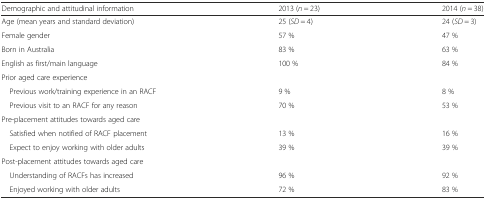
<table><thead><tr><td><b>Demographic and attitudinal information</b></td><td><b>2013 (<i>n</i> = 23)</b></td><td><b>2014 (<i>n</i> = 38)</b></td></tr></thead><tbody><tr><td>Age (mean years and standard deviation)</td><td>25 (<i>SD</i> = 4)</td><td>24 (<i>SD</i> = 3)</td></tr><tr><td>Female gender</td><td>57 %</td><td>47 %</td></tr><tr><td>Born in Australia</td><td>83 %</td><td>63 %</td></tr><tr><td>English as first/main language</td><td>100 %</td><td>84 %</td></tr><tr><td colspan="3">Prior aged care experience</td></tr><tr><td> Previous work/training experience in an RACF</td><td>9 %</td><td>8 %</td></tr><tr><td> Previous visit to an RACF for any reason</td><td>70 %</td><td>53 %</td></tr><tr><td colspan="3">Pre-placement attitudes towards aged care</td></tr><tr><td> Satisfied when notified of RACF placement</td><td>13 %</td><td>16 %</td></tr><tr><td> Expect to enjoy working with older adults</td><td>39 %</td><td>39 %</td></tr><tr><td colspan="3">Post-placement attitudes towards aged care</td></tr><tr><td> Understanding of RACFs has increased</td><td>96 %</td><td>92 %</td></tr><tr><td> Enjoyed working with older adults</td><td>72 %</td><td>83 %</td></tr></tbody></table>